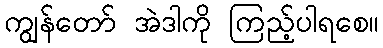
ကျွန်တော် အဲဒါကို ကြည့်ပါရစေ။